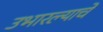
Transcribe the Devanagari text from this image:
उभारल्याचे